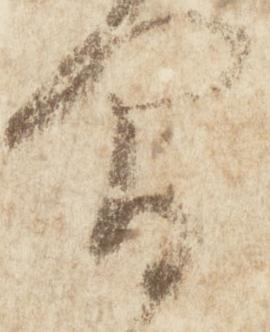
間